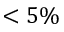
< 5 \%